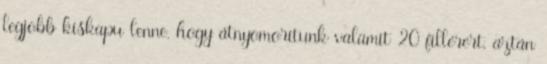
legjobb kiskapu lenne, hogy átnyomorítunk valamit 20 fillérért, aztán